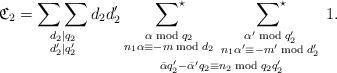
LaTeX: \begin{align*}\mathfrak{C}_2=\mathop{\sum\sum}_{\substack{d_2|q_2\\d_2'|q_2'}}d_2d_2'\mathop{\mathop{\sideset{}{^\star}\sum}_{\substack{\alpha\bmod{q_2}\\n_1\alpha\equiv -m\bmod{d_2}}}\;\mathop{\sideset{}{^\star}\sum}_{\substack{\alpha'\bmod{q_2'}\\n_1\alpha'\equiv -m'\bmod{d_2'}}}}_{\bar{\alpha}q_2'-\bar{\alpha}'q_2\equiv n_2\bmod{q_2q_2'}}\; 1.\end{align*}